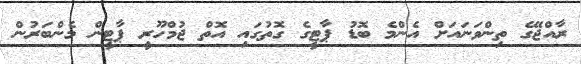
ރާއްޖޭގެ ތިންވަނައަށް އެންމެ ބޮޑު ޕާޓީގެ ގޮތުގައި އޮތް ޖުމްހޫރީ ޕާޓީން މެންބަރުން